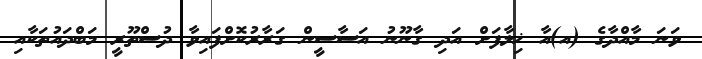
ވަނަ މާއްދާގެ (އ)އާ ޚިލާފަށް އަދި ގާނޫނު އަސާސީން ގަރާރުކޮށްފައިވާ ދުސްތޫރީ މަބްދައުތަކާއި